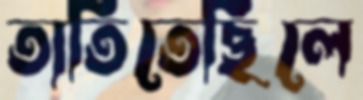
তাতিতেছিলে